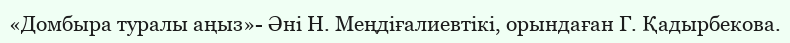
«Домбыра туралы аңыз»- Әні Н. Меңдіғалиевтікі, орындаған Г. Қадырбекова.